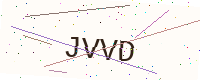
Text: JVVD